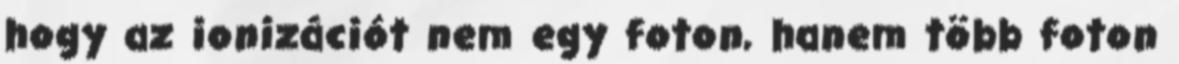
hogy az ionizációt nem egy foton, hanem több foton